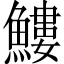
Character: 䱾